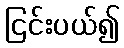
ငြင်းပယ်၍